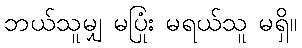
ဘယ်သူမျှ မပြုံး မရယ်သူ မရှိ။